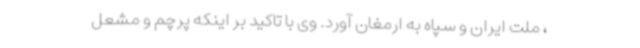
، ملت ایران و سپاه به ارمغان آورد. وی با تاکید بر اینکه پرچم و مشعل